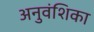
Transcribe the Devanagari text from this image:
अनुवंशिका